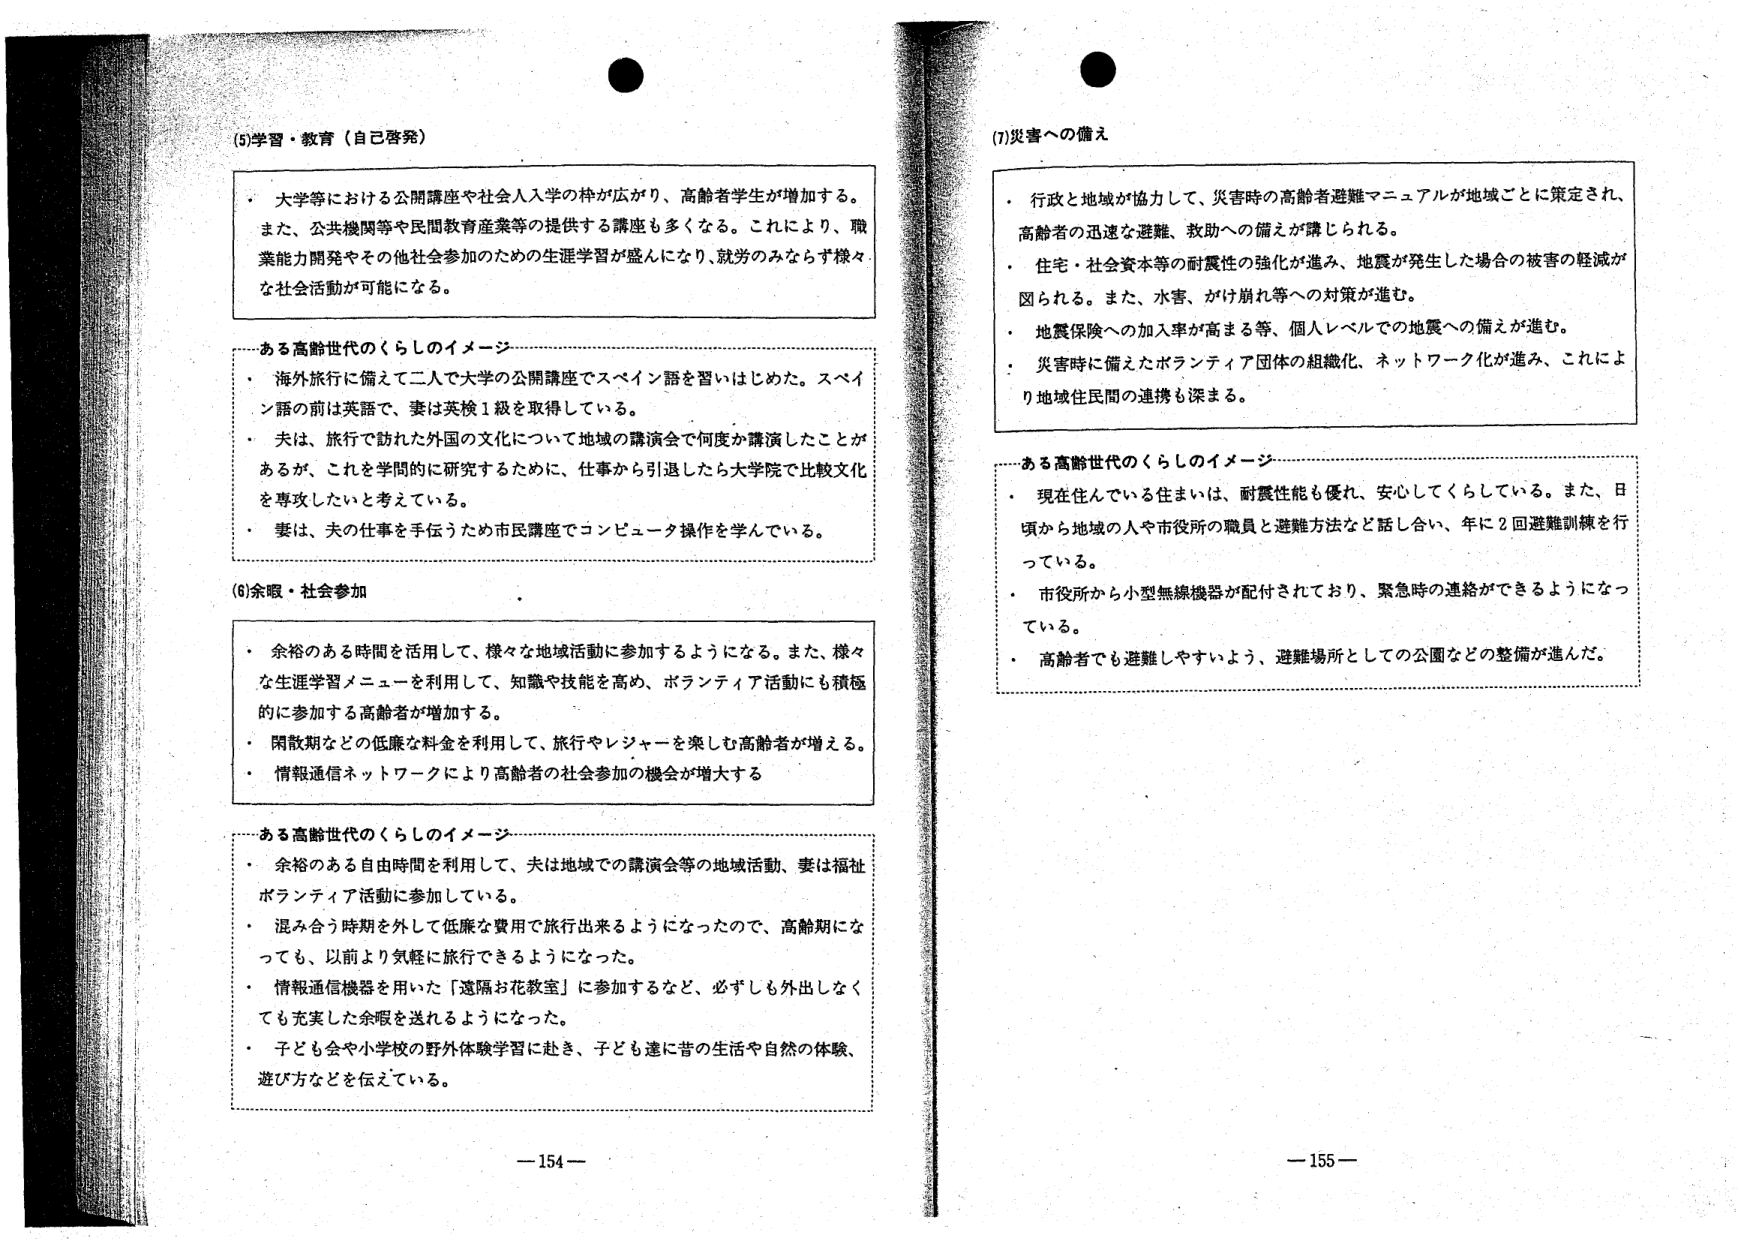
(5) 学習・教育（自己啓発）

・大学等における公開講座や社会人入学の枠が広がり、高齢者学生が増加する。また、公共機関等や民間教育産業等の提供する講座も多くなる。これにより、職業能力開発やその他社会参加のための生涯学習が盛んになり、就労のみならず様々な社会活動が可能になる。

――ある高齢世代のくらしのイメージ――

・海外旅行に備えて二人で大学の公開講座でスペイン語を習いはじめた。スペイン語の前は英語で、妻は英検1級を取得している。
・夫は、旅行で訪れた外国の文化について地域の講演会で何度か講演したことがあるが、これを学問的に研究するために、仕事から引退したら大学院で比較文化を専攻したいと考えている。
・妻は、夫の仕事を手伝うため市民講座でコンピュータ操作を学んでいる。

(6) 余暇・社会参加

・余裕のある時間を活用して、様々な地域活動に参加するようになる。また、様々な生涯学習メニューを利用して、知識や技能を高め、ボランティア活動にも積極的に参加する高齢者が増加する。
・閑散期などの低廉な料金を利用して、旅行やレジャーを楽しむ高齢者が増える。
・情報通信ネットワークにより高齢者の社会参加の機会が増大する

――ある高齢世代のくらしのイメージ――

・余裕のある自由時間を利用して、夫は地域での講演会等の地域活動、妻は福祉ボランティア活動に参加している。
・混み合う時期を外して低廉な費用で旅行出来るようになったので、高齢期になっても、以前より気軽に旅行できるようになった。
・情報通信機器を用いた「遠隔お花教室」に参加するなど、必ずしも外出しなくても充実した余暇を送れるようになった。
・子ども会や小学校の野外体験学習に赴き、子ども達に昔の生活や自然の体験、遊び方などを伝えている。

－154－

(7) 災害への備え

・行政と地域が協力して、災害時の高齢者避難マニュアルが地域ごとに策定され、高齢者の迅速な避難、救助への備えが講じられる。
・住宅・社会資本等の耐震性の強化が進み、地震が発生した場合の被害の軽減が図られる。また、水害、がけ崩れ等への対策が進む。
・地震保険への加入率が高まる等、個人レベルでの地震への備えが進む。
・災害時に備えたボランティア団体の組織化、ネットワーク化が進み、これにより地域住民間の連携も深まる。

――ある高齢世代のくらしのイメージ――

・現在住んでいる住まいは、耐震性能も優れ、安心してくらしている。また、日頃から地域の人や市役所の職員と避難方法など話し合い、年に2回避難訓練を行っている。
・市役所から小型無線機器が配付されており、緊急時の連絡ができるようになっている。
・高齢者でも避難しやすいよう、避難場所としての公園などの整備が進んだ。

－155－